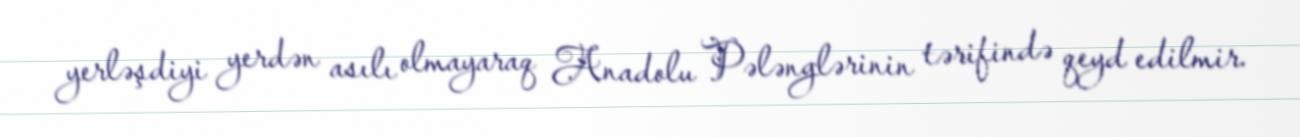
yerləşdiyi yerdən asılı olmayaraq Anadolu Pələnglərinin tərifində qeyd edilmir.